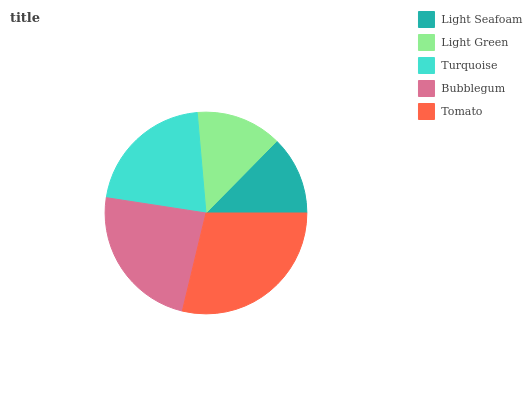
| Light Seafoam | Light Green | Turquoise | Bubblegum | Tomato |
 | --- | --- | --- | --- | --- |
 | 12.6% | 13.7% | 21.2% | 23.7% | 28.8% |